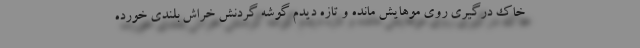
خاک درگیری روی موهایش مانده و تازه دیدم گوشه گردنش خراش بلندی خورده